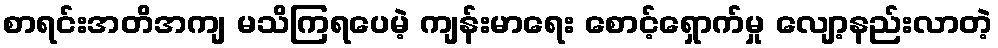
စာရင်းအတိအကျ မသိကြရပေမဲ့ ကျန်းမာရေး စောင့်ရှောက်မှု လျော့နည်းလာတဲ့